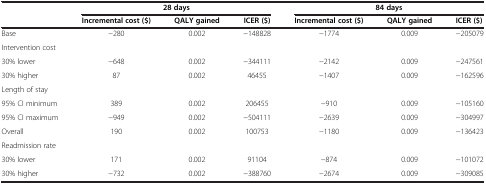
<table><thead><tr><td><b> </b></td><td colspan="3"><b>28 days</b></td><td colspan="3"><b>84 days</b></td></tr><tr><td><b> </b></td><td><b>Incremental cost ($)</b></td><td><b>QALY gained</b></td><td><b>ICER ($)</b></td><td><b>Incremental cost ($)</b></td><td><b>QALY gained</b></td><td><b>ICER ($)</b></td></tr></thead><tbody><tr><td>Base</td><td>−280</td><td>0.002</td><td>−148828</td><td>−1774</td><td>0.009</td><td>−205079</td></tr><tr><td>Intervention cost</td><td> </td><td> </td><td> </td><td> </td><td> </td><td> </td></tr><tr><td>30% lower</td><td>−648</td><td>0.002</td><td>−344111</td><td>−2142</td><td>0.009</td><td>−247561</td></tr><tr><td>30% higher</td><td>87</td><td>0.002</td><td>46455</td><td>−1407</td><td>0.009</td><td>−162596</td></tr><tr><td>Length of stay</td><td> </td><td> </td><td> </td><td> </td><td> </td><td> </td></tr><tr><td>95% CI minimum</td><td>389</td><td>0.002</td><td>206455</td><td>−910</td><td>0.009</td><td>−105160</td></tr><tr><td>95% CI maximum</td><td>−949</td><td>0.002</td><td>−504111</td><td>−2639</td><td>0.009</td><td>−304997</td></tr><tr><td>Overall</td><td>190</td><td>0.002</td><td>100753</td><td>−1180</td><td>0.009</td><td>−136423</td></tr><tr><td>Readmission rate</td><td> </td><td> </td><td> </td><td> </td><td> </td><td> </td></tr><tr><td>30% lower</td><td>171</td><td>0.002</td><td>91104</td><td>−874</td><td>0.009</td><td>−101072</td></tr><tr><td>30% higher</td><td>−732</td><td>0.002</td><td>−388760</td><td>−2674</td><td>0.009</td><td>−309085</td></tr></tbody></table>